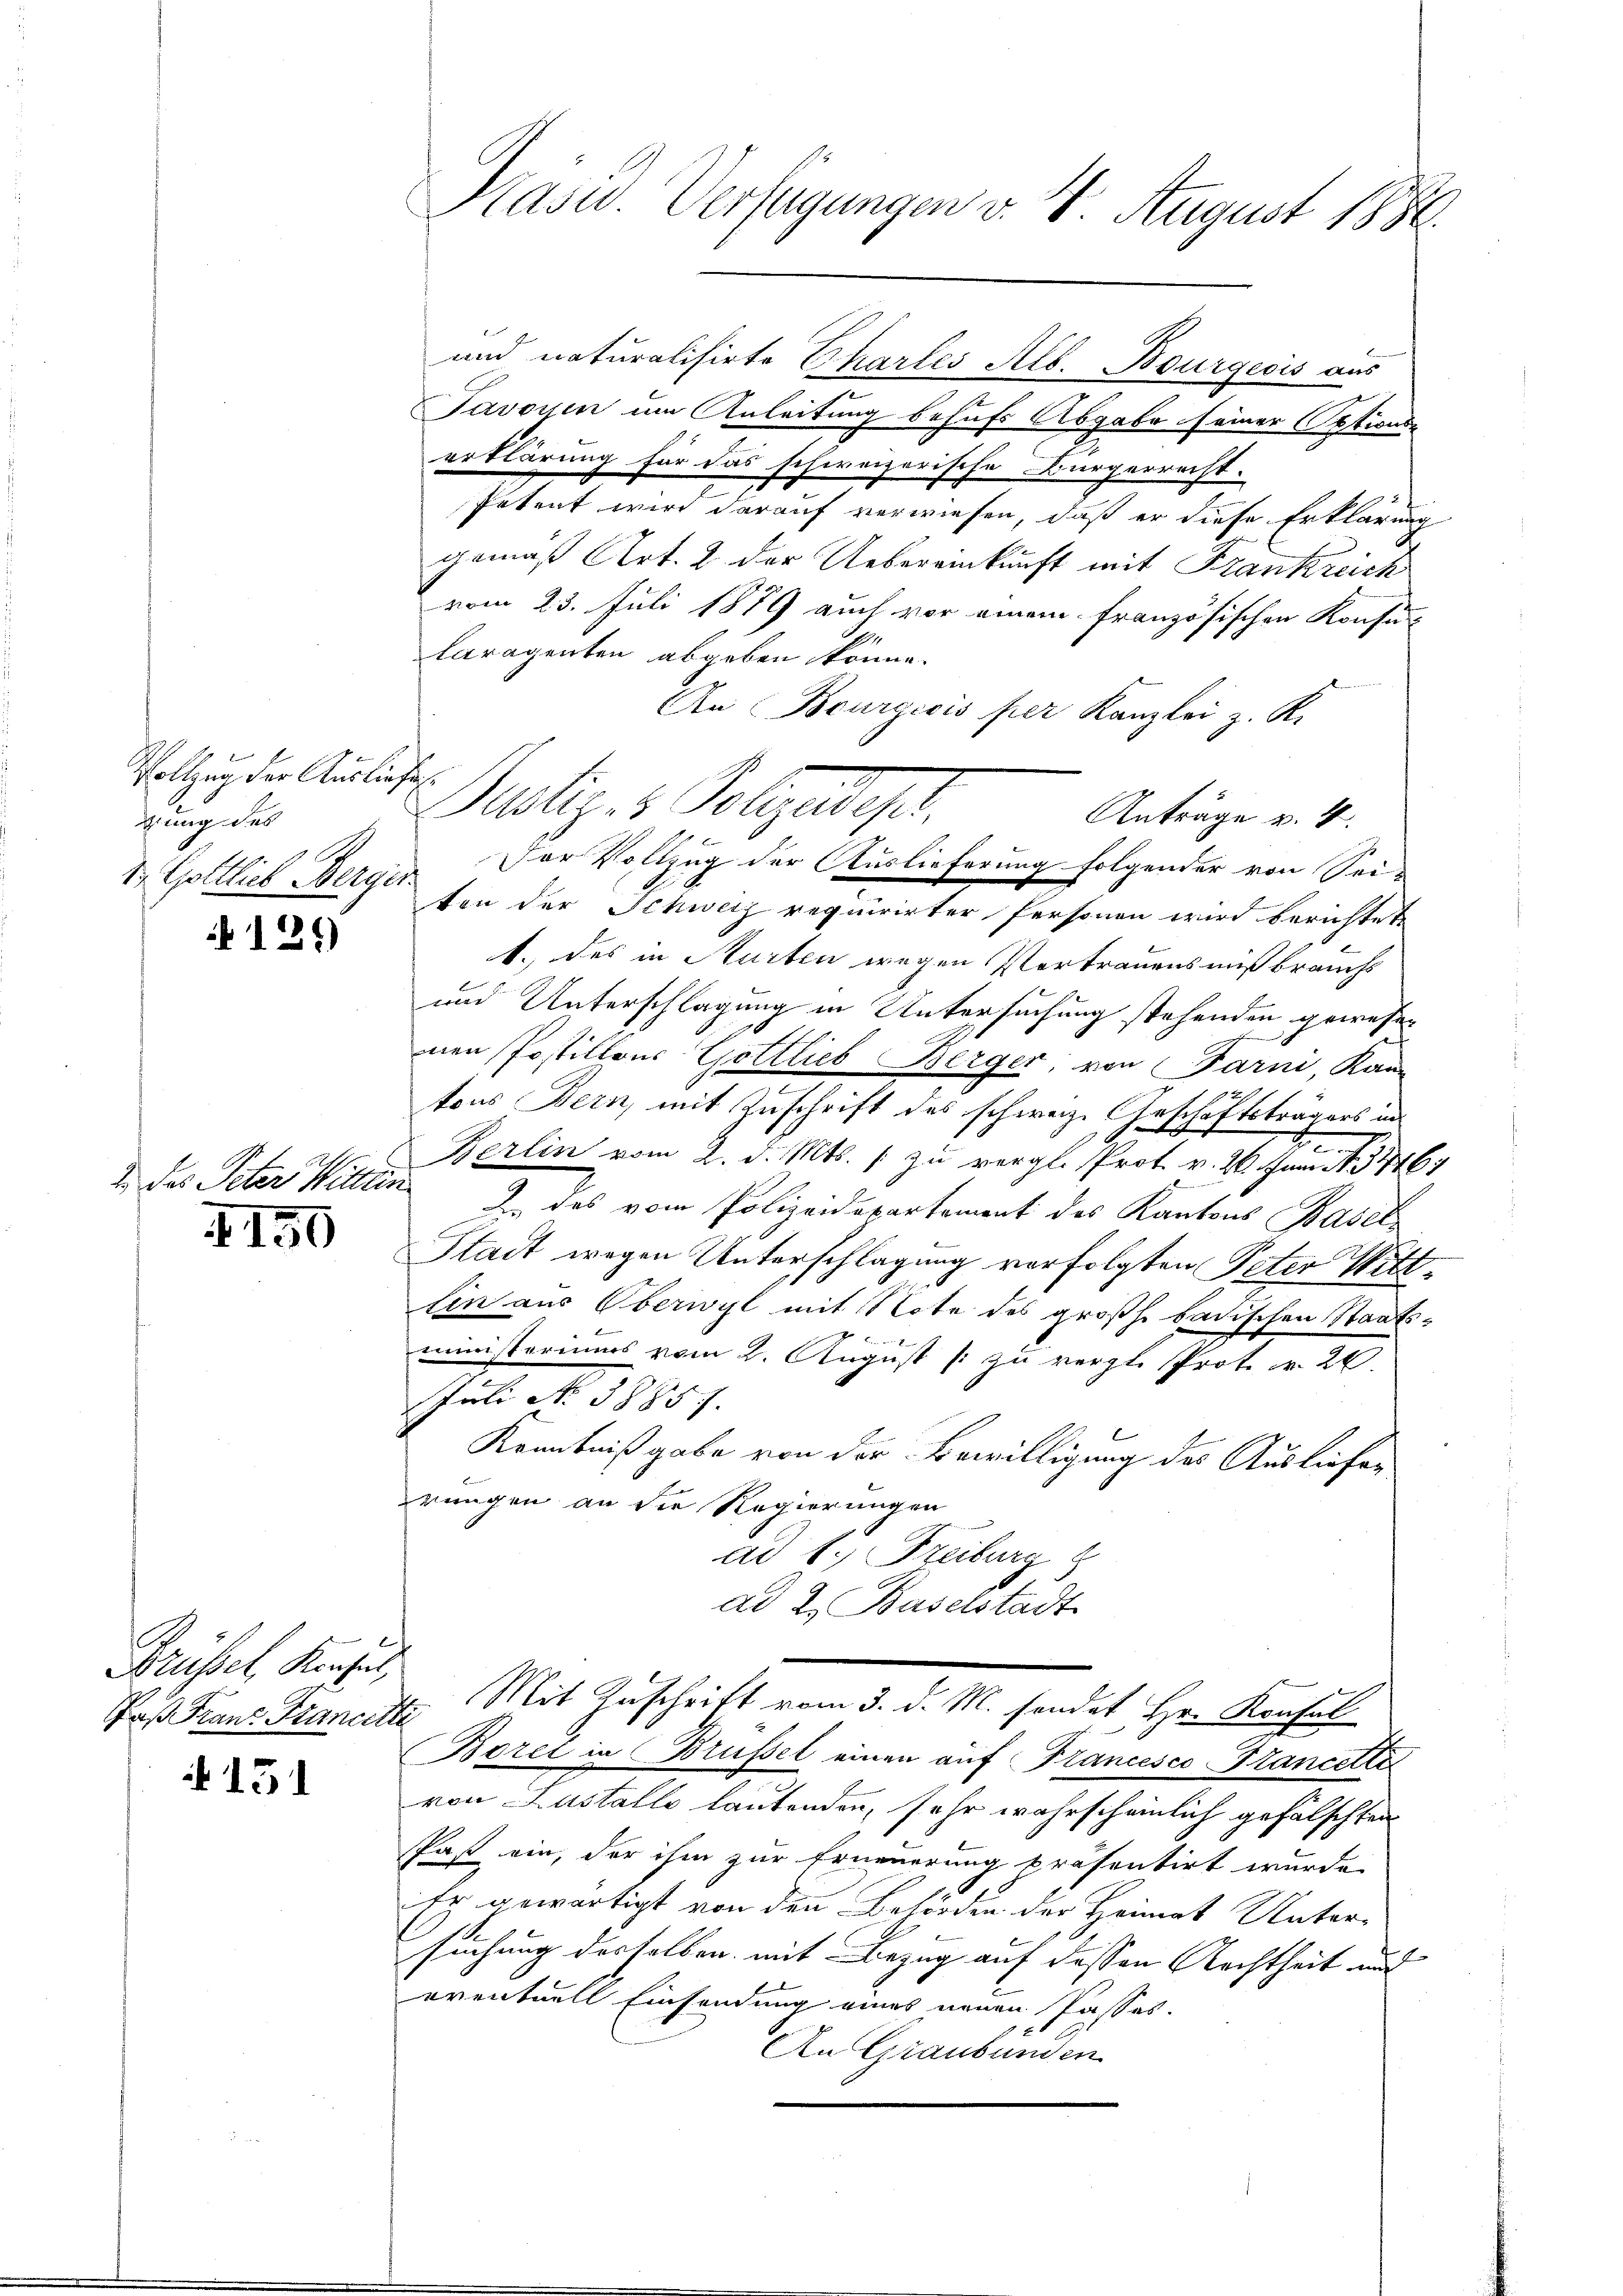
Vollzug der Ausliefes.
gung des
1. Gottlich Berger.

i 129)

2. des Peter Wittlin

150

Brüssel, Konsel,
Paß Franz Francitti

15

Pasu Verfügungen v. 4. August 1886.

und naturalisirte Chartes Alb. Bourgeois aus
Javoyen im Anleitung behufs Abgabe seiner Optionen
erklärung für das schweizerische Bürgerrecht.
Petent wird darauf verwiesen, daß er diese Erklärung
gemäß Art. 2 der Uebereinkunft mit Frankreich
vom 23. Juli 1879 auch vor einem französischen Konsunt
laragenten abgeben könne.
An Bourgicis per Kanzlei z. R.
Anträge v. 4.
Der Vollzug der Auslieferung folgender von Sei-
ten der Schweiz requirirter Personen wird berichtet
1. des in Murten wegen Pertrauensmißbrauchs
und Unterschlagung in Untersuchung stehenden gewesen
nen Postillons Gottlieb Berger von Farni, Kan
tons Bern, mit Zuschrift des schweiz. Geschäftsträgers in
f
Berlin vom 2. d. Mts. / zu vergl. Prot. v. 26. Juni 1846
D des vom Polizeidepartement des Kantons Basel
Stadt wegen Unterschlagung verfolgten Peter Wittlin aus Oberwyl mit Note des großh. badischen Staats-

ministeriums vom 2. August [ zu vergl. Prot. v. 26.
Juli No 38857.
Kenntnißgabe von der Bewilligung des Ausliefer
rungen an die Regierungen
ad f., Freiburg
ad 2. Baselstadt
Mit Zuschrift vom 3. d. M. sondert Hr. Konsul
Borel in Brüssel einen auf Plancesco Brandelte
von Lustelle lautenden, sehr wahrscheinlich gefälschten
Past ein, der ihm zur Erneuerung präsentirt wurde.
Er gewärtigt von den Behörden der Heimat Untersuchung desselben mit Bezug auf dessen Rechtheit und
eventuell Einsendung eines neuen Passes.
An Graubünden

Justiz- & Polizeiger